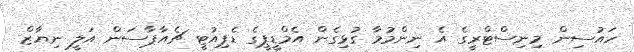
ހައުސިން މިނިސްޓްރީގެ އެ ނިންމުމާ ގުޅިގެން އެމްޑީޕީގެ ޑެޕިއުޓީ ޗެއާޕާސަން އަލީ ނިޔާޒް